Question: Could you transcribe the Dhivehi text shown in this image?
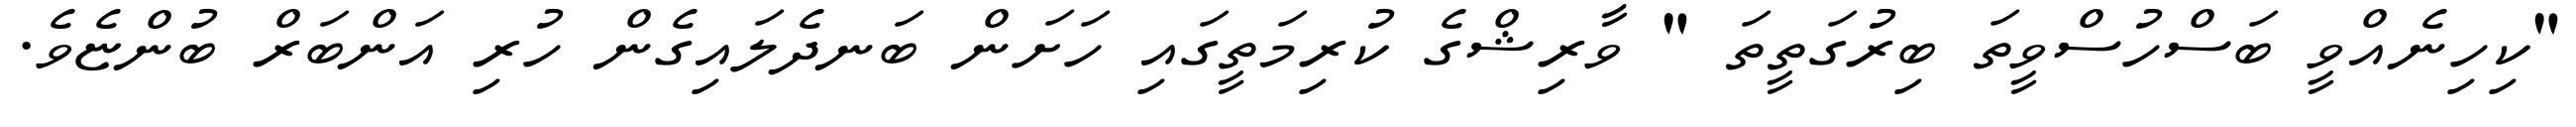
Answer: "ކިހިނެއްވީ ބަސްހުސްވީތަ ބިރުގަތީތަ " ވާރިޝްގެ ކުރިމަތީގައި ހަށަން ބަނދެލައިގެން ހުރި އަންބަރް ބުންޏެވެ.